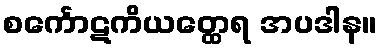
စင်္ကောဋကိယတ္ထေရ အပဒါန။